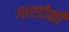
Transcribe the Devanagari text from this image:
गारडोळी